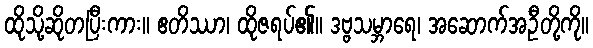
ထိုသို့ဆိုတပြီးကား။ ဧတိဿာ၊ ထိုဇရပ်၏။ ဒဗ္ဗသမ္ဘာရေ၊ အဆောက်အဦတို့ကို။